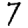
Digit: 7